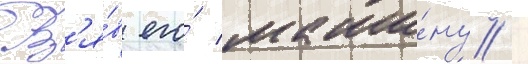
Вз'я́в его́ маши́ну /